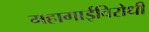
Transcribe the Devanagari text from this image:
महागाईविरोधी